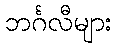
ဘင်္ဂလီများ